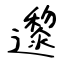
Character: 邌